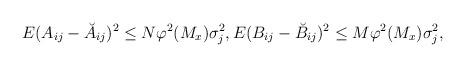
LaTeX: \begin{align*}&E(A_{ij}-\breve{A}_{ij})^2\leq N\varphi^2(M_x)\sigma_j^2,E(B_{ij}-\breve{B}_{ij})^2\leq M\varphi^2(M_x)\sigma_j^2,\end{align*}